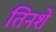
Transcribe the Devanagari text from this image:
तिनशे